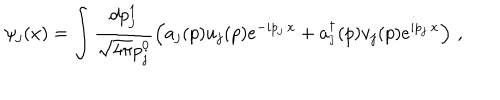
\psi _ { j } ( x ) = \int \frac { d p _ { j } ^ { 1 } } { \sqrt { 4 \pi } p _ { j } ^ { 0 } } \left( a _ { j } ( p ) u _ { j } ( p ) e ^ { - i p _ { j } \cdot x } + a _ { _ { \bar { \jmath } } } ^ { \dagger } ( p ) v _ { j } ( p ) e ^ { i p _ { j } \cdot x } \right) \, , \qquad